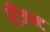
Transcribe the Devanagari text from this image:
रीजन्ट